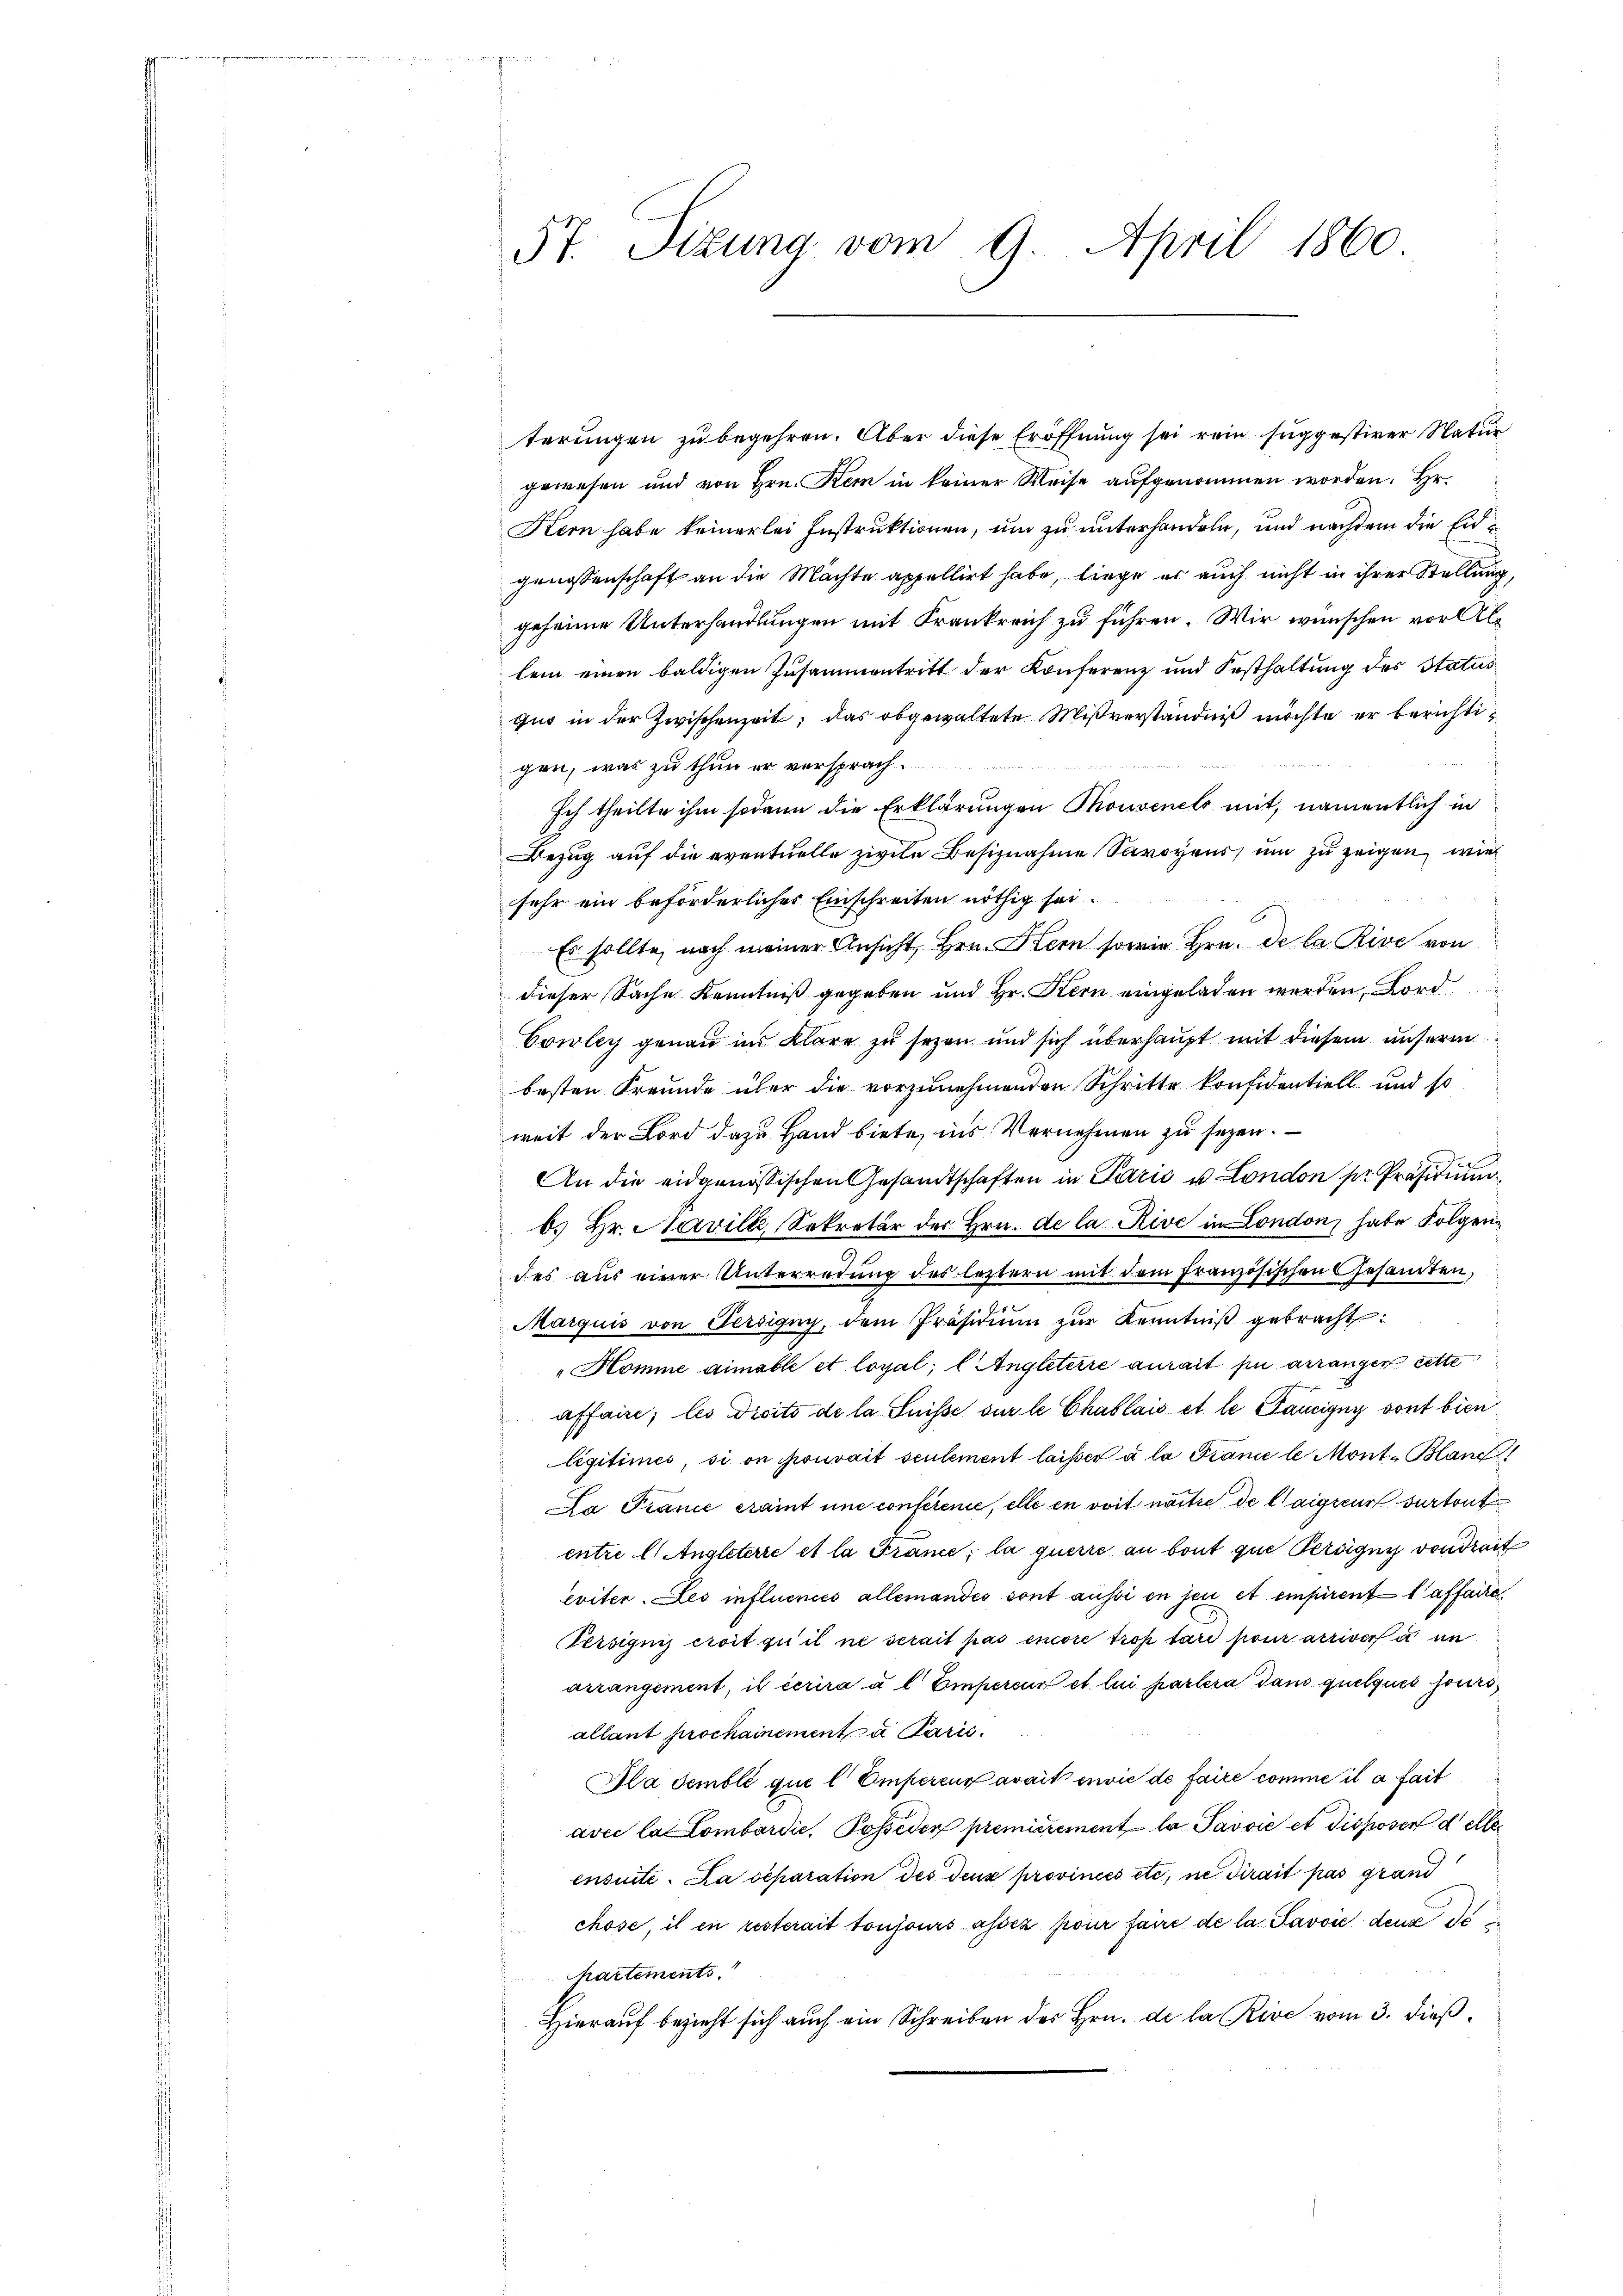
5t. Tizung vom 9. April 1860.

terungen zu begehren. Aber diese Eröffnung sei rein suggestirer Natur
gewesen und von Hrn. Kem in keiner Weise aufgenommen worden. Hr.
Kern habe keinerlei Instruktionen, um zu unterhandeln, und nachdem die Eidgenossenschaft an die Mächte appellirt habe, liege er auch nicht in ihrer Stellung,
geheime Unterhandlungen mit Krankreich zu führen. Wir wünschen vor Allein einen baldigen Zusammentritt der Konferenz und Festhaltung des Status
quo in der Zwischenzeit, das obgewaltete Mißverständniß möchte er berichti¬

gen, was zu thun er versprach
Ich theilte ihm sodann die Erklärungen Thonvenels mit, namentlich in
Bezug auf die eventuelle zivile Besiznahme Savoyens, um zu zeigen, wie
sehr ein beförderliches Einschreiten nöthig sei.
Es sollte, nach meiner Ansicht, Hrn. Hern sowie Hrn. De la Rive von
dieser Sache Kenntniß gegeben und Hr. Stern eingeladen werden, Ford
Cowley genau im klare zu sezen und sich überhaupt mit diesem unserm
besten Freunde über die vorzunehmenden Schritte konfidentiell und so
weit der Lord dazu Hand biete, ins Vernehmen zu sezen.
An die eidgenössischen Gesandtschaften in Paris u London pr. Präsidium
b. Hr. Naville, Sekretär der Hrn. de la Rive in London, habe Folgendes aus einer Unterredung des letztern mit dem französischen Gesamten,
Marquis von Persigny, dem Präsidiŭm zŭr Kenntniβ gebracht:
„Komme aimable et loyal; l Angletere aurait pu arrangen cette
affaire; les droits de la Suisse sur le Chablais et le Taurigny vont bien
légitimes, si on pouvait seulement laisser à la France le Mont. Bland
La Pranie craint une conferenie, elle en soit nachte de laigneur sur tout
entre l. Angleterre et la France; la querre an bout que Pertigny von drait
eviter. Les influenico allemandés sont aussi in je et empirent l’affaire
Persignis croit qui il ne serait pas encore trop tari pour arriver à un
arrangement, is écrira a l Empercus et lui partera dans quelques sours,
allant prochainement a Paris
Gla sembli que l'Emperens avait envie de faire comme il a fait
avec la Lombardie, Posseder premierement la Savoie et disposer delle
ensuite. Da separation des deus provincés etc., ne dirait pas grand
chose, il en resterait toujours assez pour faire de la Pavvić denn de
hartements
Hierauf bezieht sich auch ein Schreiben des Hrn. de la Rive vom 3. dieß¬